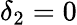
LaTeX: \delta_{2}=0